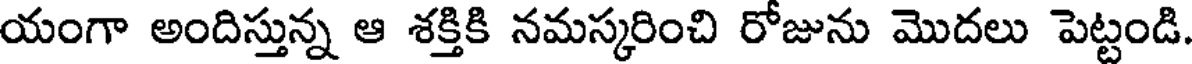
యంగా అందిస్తున్న ఆ శక్తికి నమస్కరించి రోజును మొదలు పెట్టండి.